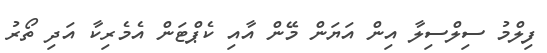
ފިލްމު ސިލްސިލާ އިން އަޔަން މޭން އާއި ކެޕްޓަން އެމެރިކާ އަދި ތޯރު